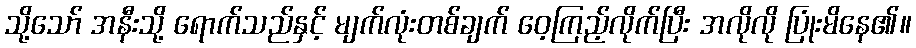
သို့သော် အနီးသို့ ရောက်သည်နှင့် မျက်လုံးတစ်ချက် ဝေ့ကြည့်လိုက်ပြီး အလိုလို ပြုံးမိနေ၏။